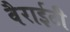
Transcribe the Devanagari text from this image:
वैराईटी